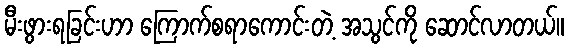
မီးဖွားရခြင်းဟာ ကြောက်စရာကောင်းတဲ့ အသွင်ကို ဆောင်လာတယ်။